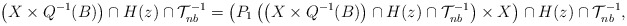
\begin{align*}\left( X \times Q^{-1}(B) \right) \cap H(z) \cap \mathcal{T}^{-1}_{nb} = \left( P_{1}\left( \left( X \times Q^{-1}(B) \right) \cap H(z) \cap \mathcal{T}^{-1}_{nb} \right) \times X \right) \cap H(z) \cap \mathcal{T}^{-1}_{nb},\end{align*}